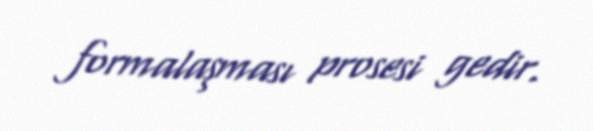
formalaşması prosesi gedir.